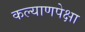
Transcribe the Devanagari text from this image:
कल्याणपेक्षा